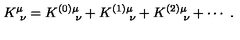
K _ { \ \nu } ^ { \mu } = K _ { \quad \ \nu } ^ { ( 0 ) \mu } + K _ { \quad \ \nu } ^ { ( 1 ) \mu } + K _ { \quad \ \nu } ^ { ( 2 ) \mu } + \cdots \ .